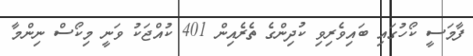
ފާމަސީ ކޯހުގައި ބައިވެރިވި ކުދިންގެ ތެެރެއިން 401 ކުއްޖަކު ވަނީ މިކޯސް ނިންމާ